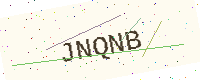
Text: JNQNB